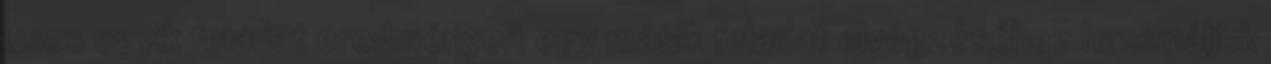
uses egyik feladat eredményeit egy másik feladat elvégzéséhez használjuk